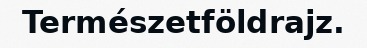
Természetföldrajz.